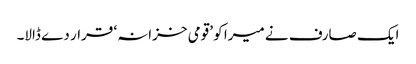
ایک صارف نے میرا کو ’قومی خزانہ‘ قرار دے ڈالا۔